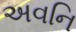
અવનિ